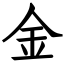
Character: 金